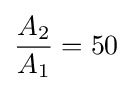
{\frac {A_{2}}{A_{1}}}=50